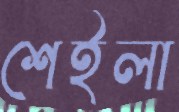
শেইলা